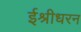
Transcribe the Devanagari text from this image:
ईश्रीधरन